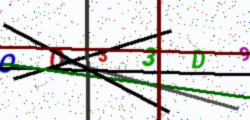
Text: OQ33D9